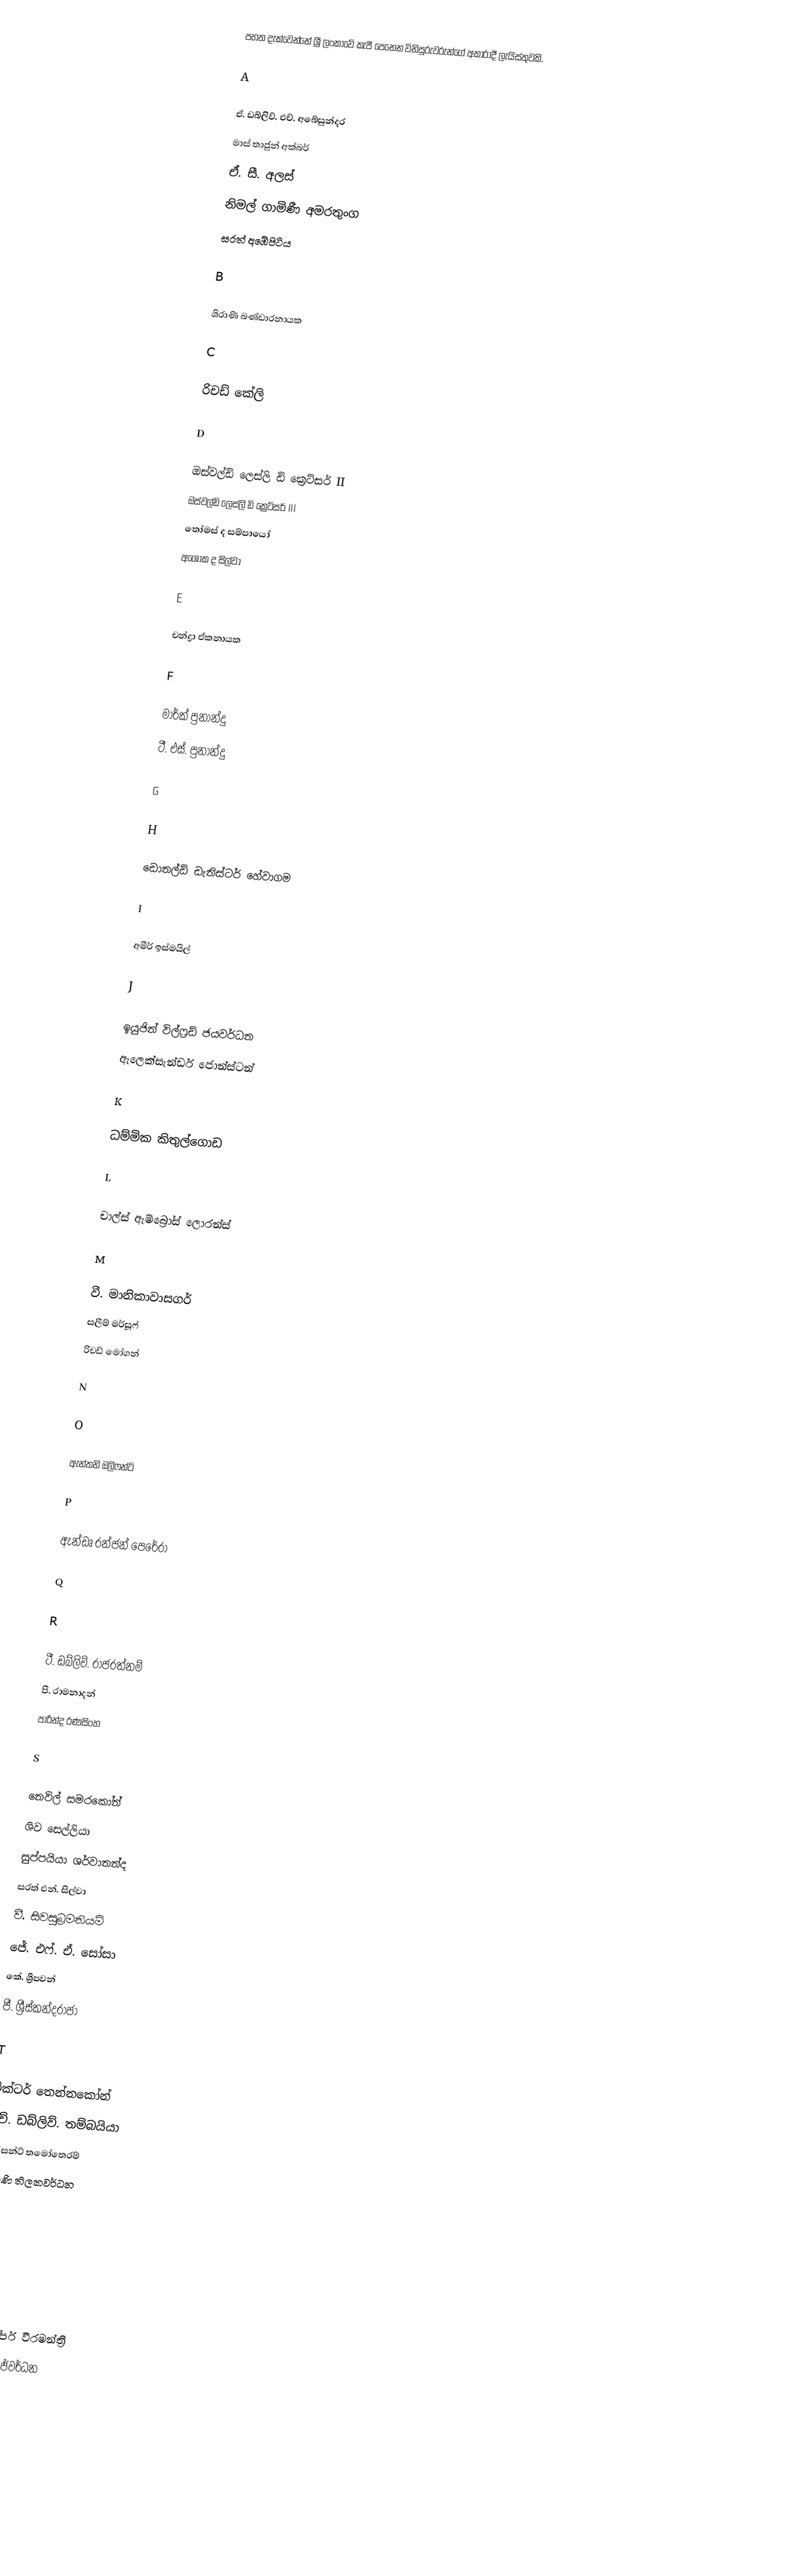
පහත දැක්වෙන්නේ ශ්‍රී ලංකාවේ කැපී පෙනෙන විනිසුරුවරුන්ගේ අකාරාදී ලැයිස්තුවකි.

A

 ඒ. ඩබ්ලිව්. එච්. අබේසුන්දර
 මාස් තාජුන් අක්බර්
 ඒ. සී. අලස්
 නිමල් ගාමිණී අමරතුංග
 සරත් අඹේපිටිය

B

 ශිරාණි බණ්ඩාරනායක

C

 රිචඩ් කේලි

D

 ඔස්වල්ඩ් ලෙස්ලි ඩි ක්‍රෙට්සර් II
 ඔස්වල්ඩ් ලෙස්ලි ඩි ක්‍රෙට්සර් III
 තෝමස් ද සම්පායෝ
 අශෝක ද සිල්වා

E

 චන්ද්‍රා ඒකනායක

F

 මාර්ක් ප්‍රනාන්දු
 ටී. එස්. ප්‍රනාන්දු

G

H

 ඩොනල්ඩ් ඩැනිස්ටර් හේවාගම

I

 අමීර් ඉස්මයිල්

J

 ඉයුජින් විල්ෆ්‍රඩ් ජයවර්ධන
 ඇලෙක්සැන්ඩර් ජොන්ස්ටන්

K

 ධම්මික කිතුල්ගොඩ

L

 චාල්ස් ඇම්බ්‍රෝස් ලොරන්ස්

M

 වී. මානිකාවාසගර්
 සලීම් මර්සූෆ්
 රිචඩ් මෝගන්

N

O

 ඇන්තනි ඔලිෆන්ට්

P

 ඇන්ඩෘ රන්ජන් පෙරේරා

Q

R

 ටී. ඩබ්ලිව්. රාජරත්නම්
 පී. රාමනාදන්
 පාරින්ද රණසිංහ

S

 නෙවිල් සමරකෝන්
 ශිව සෙල්ලියා
 සුප්පයියා ශර්වානන්ද
 සරත් එන්. සිල්වා
 වී. සිවසුබ්‍රමනියම්
 ජේ. එෆ්. ඒ. සෝසා
 කේ. ශ්‍රීපවන්
 පී. ශ්‍රීස්කන්දරාජා

T

 වික්ටර් තෙන්නකෝන්
 එච්. ඩබ්ලිව්. තම්බයියා
 වින්සන්ට් තමෝතෙරම්
 ශිරාණි තිලකවර්ධන

U

V

W

 ක්‍රිස්ටෝපර් වීරමන්ත්‍රි
 ආතර් විජේවර්ධන

X

Y

Z